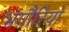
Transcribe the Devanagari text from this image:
भगौरिया